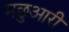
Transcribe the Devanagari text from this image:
मछुआरी